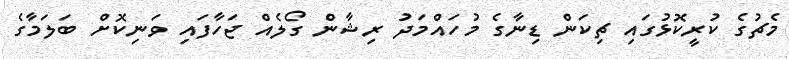
މެޗުގެ ކުރީކޮޅުގައި ޗިކަން ޑިނާގެ މުހައްމަދު ރިޝާން ގޯލެއް ޖަހާފައި ވަނިކޮށް ބަލަމާގެ